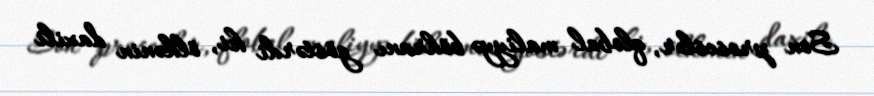
Son proseslər, qlobal maliyyə böhranı göstərdi ki, ölkənin daxili